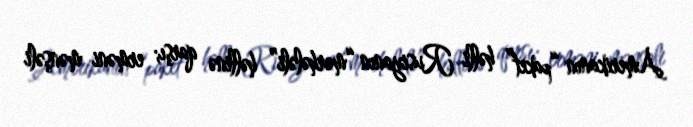
Amerikanın “paket” həlli Rusiyanın “mərhələli” həllinə qarşı; erməni mənşəli